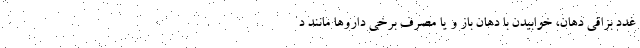
غدد بزاقی دهان، خوابیدن با دهان باز و یا مصرف برخی داروها مانند د